Civil Veterinary Department Bihar reports 1936-40 - 1936-1940
Year: 1936
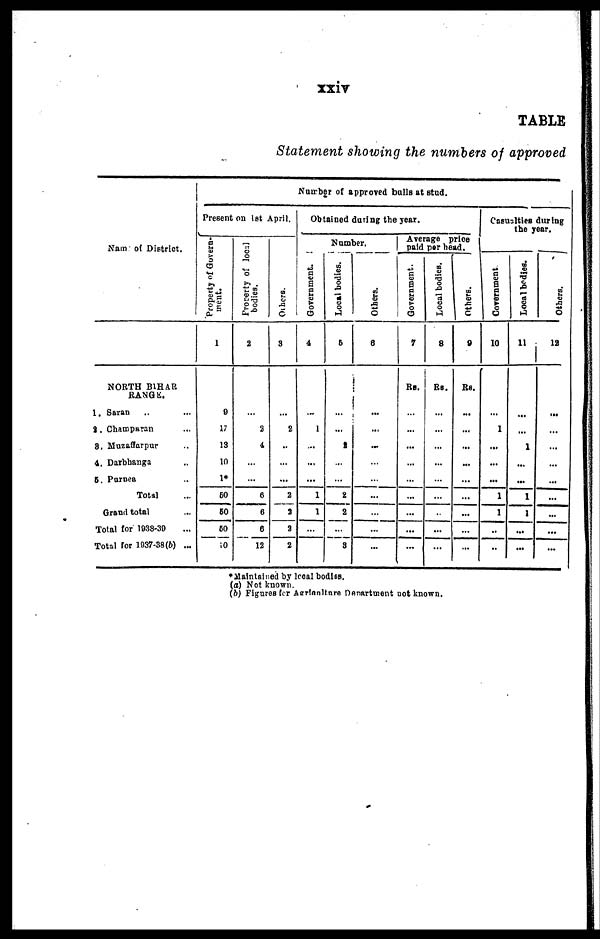
xxiv
TABLE
Statement showing the numbers of approved
Nam of District.
NORTH BIHAR
RANG.
1. Saran .. ..
2 . Champaran ...
3. Muzaffarpur ..
4. Darbhanga ..
5. Purnea ..
Total ...
Grand total ...
Total for 1938-39 ...
Total for 1037-88(b) ...
Number of approved bulls at stud.
Present on 1st April.
Property of Govern-
ment.
1
9
17
13
10
1*
50
50
50
10
Property of local
bodies.
2
...
2
4
...
...
6
6
6
12
Others.
3
...
2
...
...
...
2
5
2
2
Obtained daring the year.
Government.
4
....
1
...
...
...
1
1
...
...
Number.
Local bodies.
5
...
...
2
...
...
2
2
...
8
Others.
6
...
...
...
...
...
...
...
...
...
Average price
paid per bead.
Government.
7
RS.
...
...
...
...
...
...
...
...
...
Local bodies.
8
Rs.
...
...
...
...
...
...
...
...
...
Others.
i
9
Rs.
...
...
...
...
...
...
...
...
...
Casualties during
the year.
Government
10
...
1
...
...
...
1
1
...
...
Local bodies.
11
...
...
1
...
...
1
1
...
...
Others.
12
...
...
...
...
...
...
...
...
...
*Maintained by local bodies.
(a) Not known.
(b) Figures for Agrianlture Denartment not known.